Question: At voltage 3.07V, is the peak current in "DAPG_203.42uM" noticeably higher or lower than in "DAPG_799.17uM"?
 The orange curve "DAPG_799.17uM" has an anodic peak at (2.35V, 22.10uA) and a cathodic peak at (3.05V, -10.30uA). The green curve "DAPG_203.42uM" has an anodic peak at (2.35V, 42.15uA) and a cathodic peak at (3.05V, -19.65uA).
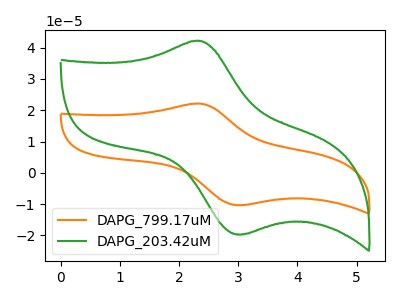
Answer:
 <answer>The peak at 3.07V is higher in "DAPG_203.42uM" than in "DAPG_799.17uM".</answer>
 <eval>higher</eval>